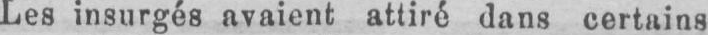
Les insurgés avaient attiré dans certains